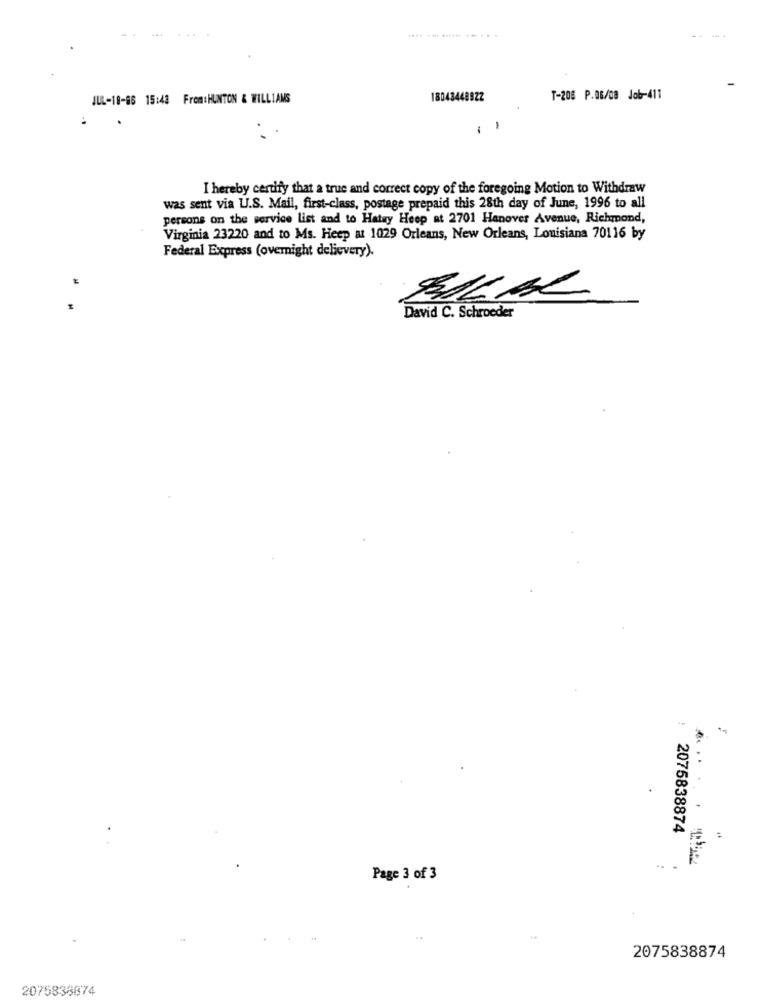
JUL-18-86 15:48 From:HUNTON & WILLIAMS
18043448922
T-206 P.06/08 Job-411
..
I hereby certify that a true and correct copy of the foregoing Motion to Withdraw
was sent via U.S. Mail, first-class, postage prepaid this 28th day of June, 1996 to all
persons on the service list and to Hatay Heep at 2701 Hanover Avenue, Richmond,
Virginia 23220 and to Ms. Heep at 1029 Orleans, New Orleans, Louisiana 70116 by
Federal Express (overnight delievery).
BILAL
David C. Schroeder
2075838874
Page 3 of 3
2075838874
2075838874